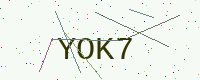
Text: YOK7